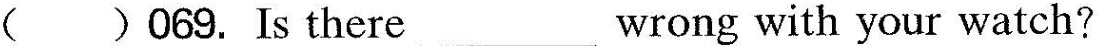
( )O69. Is there___ wrong with your watch?？